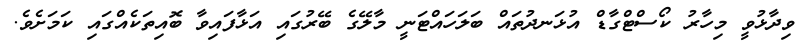
ވިދާޅުވީ މިހާރު ކޯސްޓްގާޑް އުޅަނދުތައް ބަލަހައްޓަނީ މާލޭގެ ބޭރުގައި އަޅާފައިވާ ބޮއިތަކެއްގައި ކަމަށެވެ.